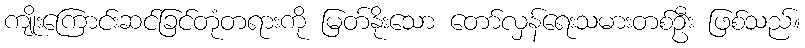
ကျိုးကြောင်းဆင်ခြင်တုံတရားကို မြတ်နိုးသော တော်လှန်ရေးသမားတစ်ဦး ဖြစ်သည်။